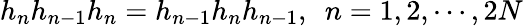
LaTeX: h_{n}h_{n-1}h_{n}=h_{n-1}h_{n}h_{n-1},~~n=1,2,\cdots,2N